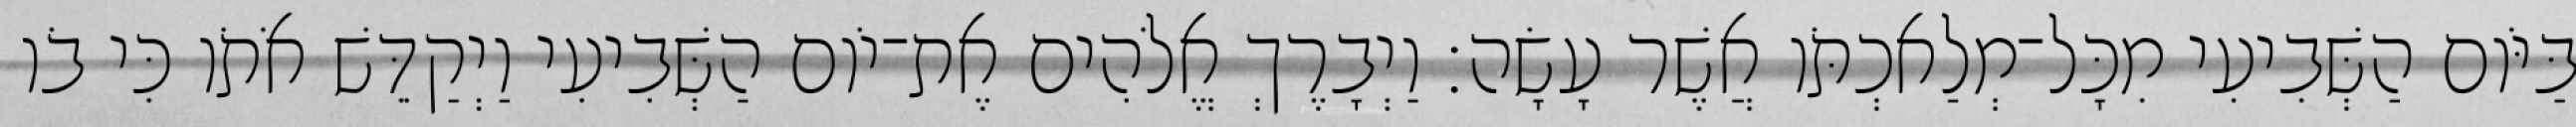
בַּיֹּום הַשְּׁבִיעִי מִכָּל־מְלַאכְתֹּו אֲשֶׁר עָשָׂה׃ וַיְבָרֶךְ אֱלֹהִים אֶת־יֹום הַשְּׁבִיעִי וַיְקַדֵּשׁ אֹתֹו כִּי בֹו